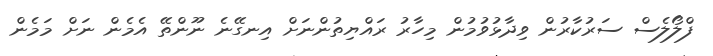
ފްލޯލެސް ސަރުކާރުން ވިދާޅުވުމުން މިހާރު ރައްޔިތުންނަށް އިނގޭނެ ނޫންތޭ އެމެން ނަށް މަމެން